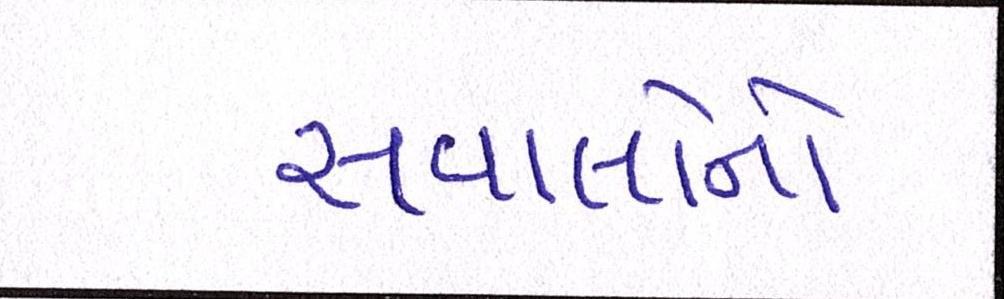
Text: સવાલોનો